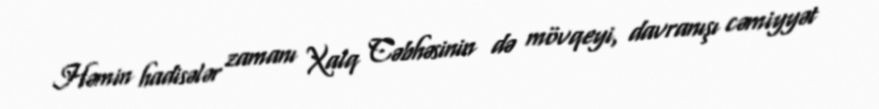
Həmin hadisələr zamanı Xalq Cəbhəsinin də mövqeyi, davranışı cəmiyyət